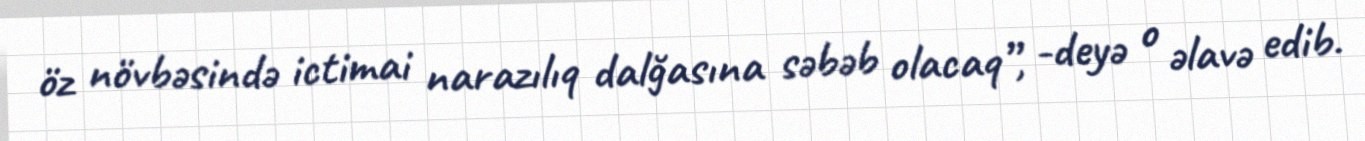
öz növbəsində ictimai narazılıq dalğasına səbəb olacaq”, -deyə o əlavə edib.